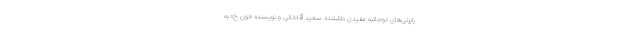
رایزنی‌های دوجانبه مفیدی داشتند». سعید آقاخانی و نویسنده «نون خ» به